Trukikaitis_Postimees, lk 23
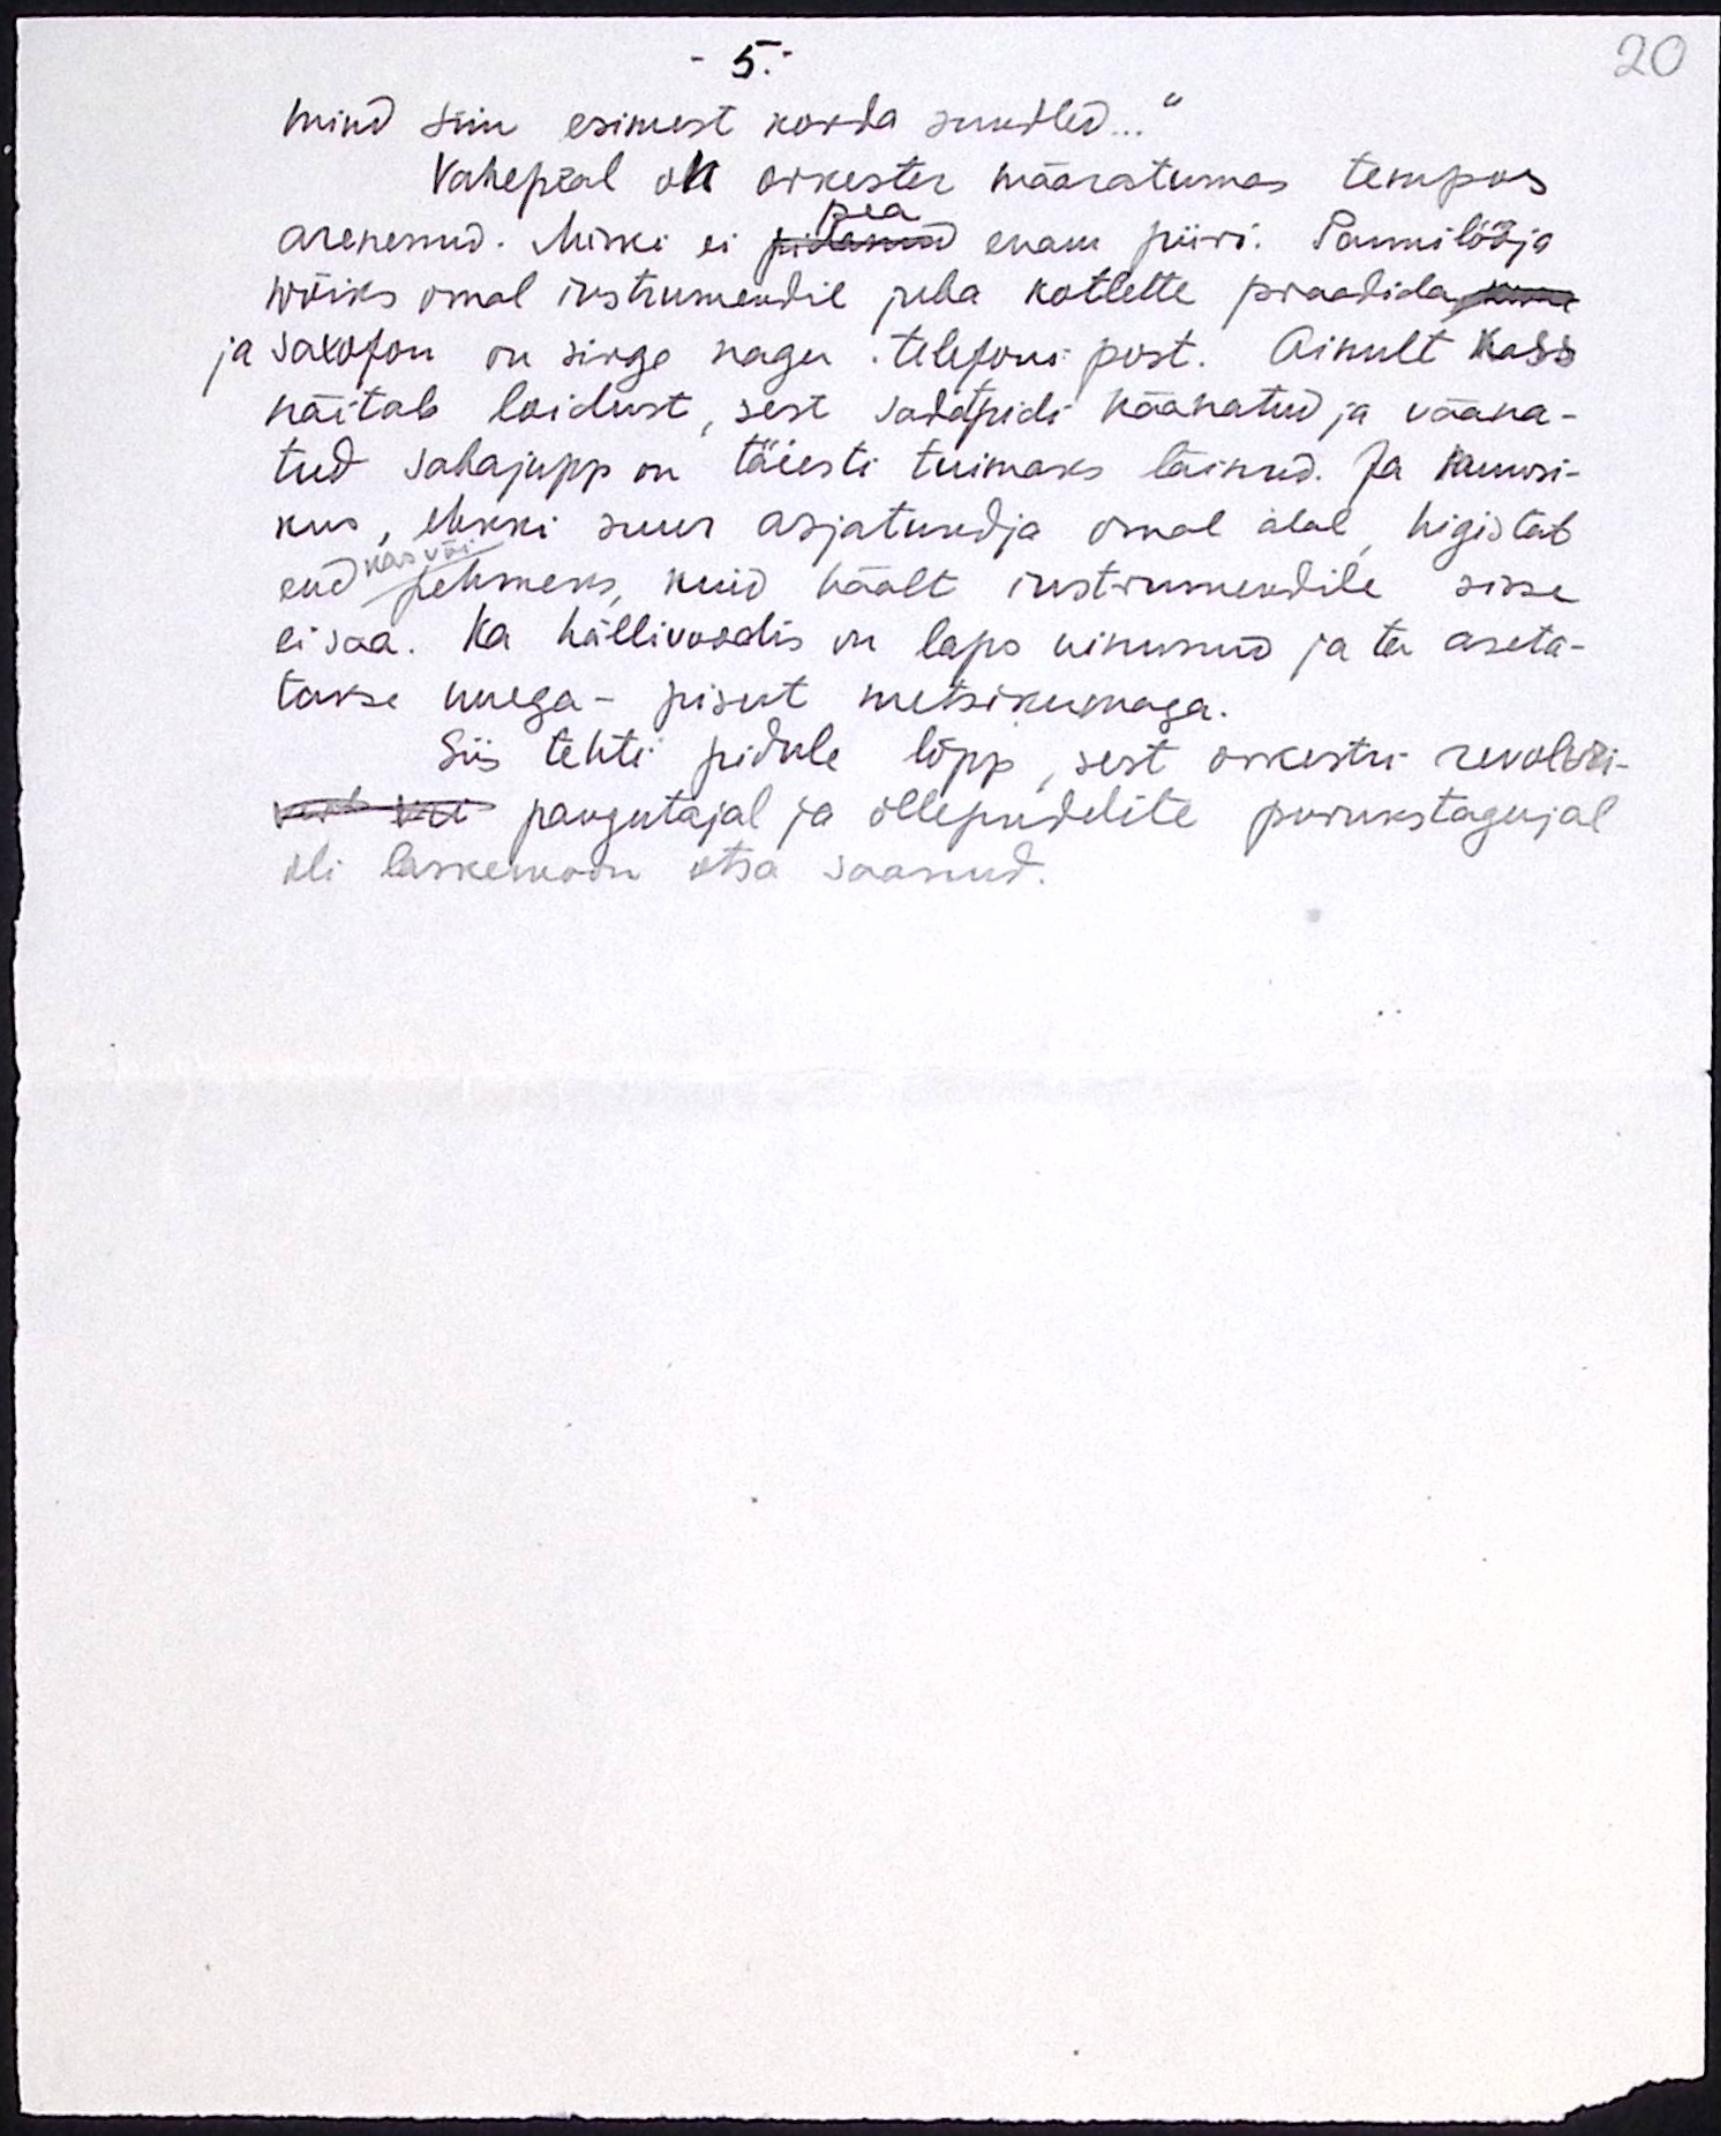
20

5. -
mind siin esimest korda suudled..."
Vahepeal oli orkester määratumas tempos
pea
arenenud. Miski ei pidanud enam piiri. Pannilööja
wõiks omal instrumendil juba kotlette praadidakuna
ja saxofon on sirge nagu telefoni post. Ainult kass
näitab loidust, sest sadatpidi käänatud ja vääna-
tud sabajupp on täiesti tuimaks läinud. Ja muusi-
kus, ehkki suur asjatundja omal alal, higistab
kas või
end pehmeks, kuid häält instrumendile sisse
ei saa. Ka hällivoodis on laps uinunud ja ta aseta-
takse uuega - pisut metsikumaga.
Siis tehti pidule lõpp, sest orkestri revolvri-
veel või paugutajal ja ollepudelite purukstagujal
oli laskemoon otsa saanud.